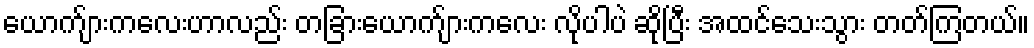
ယောက်ျားကလေးဟာလည်း တခြားယောက်ျားကလေး လိုပါပဲ ဆိုပြီး အထင်သေးသွား တတ်ကြတယ်။